画像に写った文字を読んでください
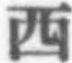
「西」と書いてあります